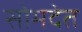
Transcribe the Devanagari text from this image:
सोमदेत